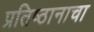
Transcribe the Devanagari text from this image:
प्रतिष्ठानाचा